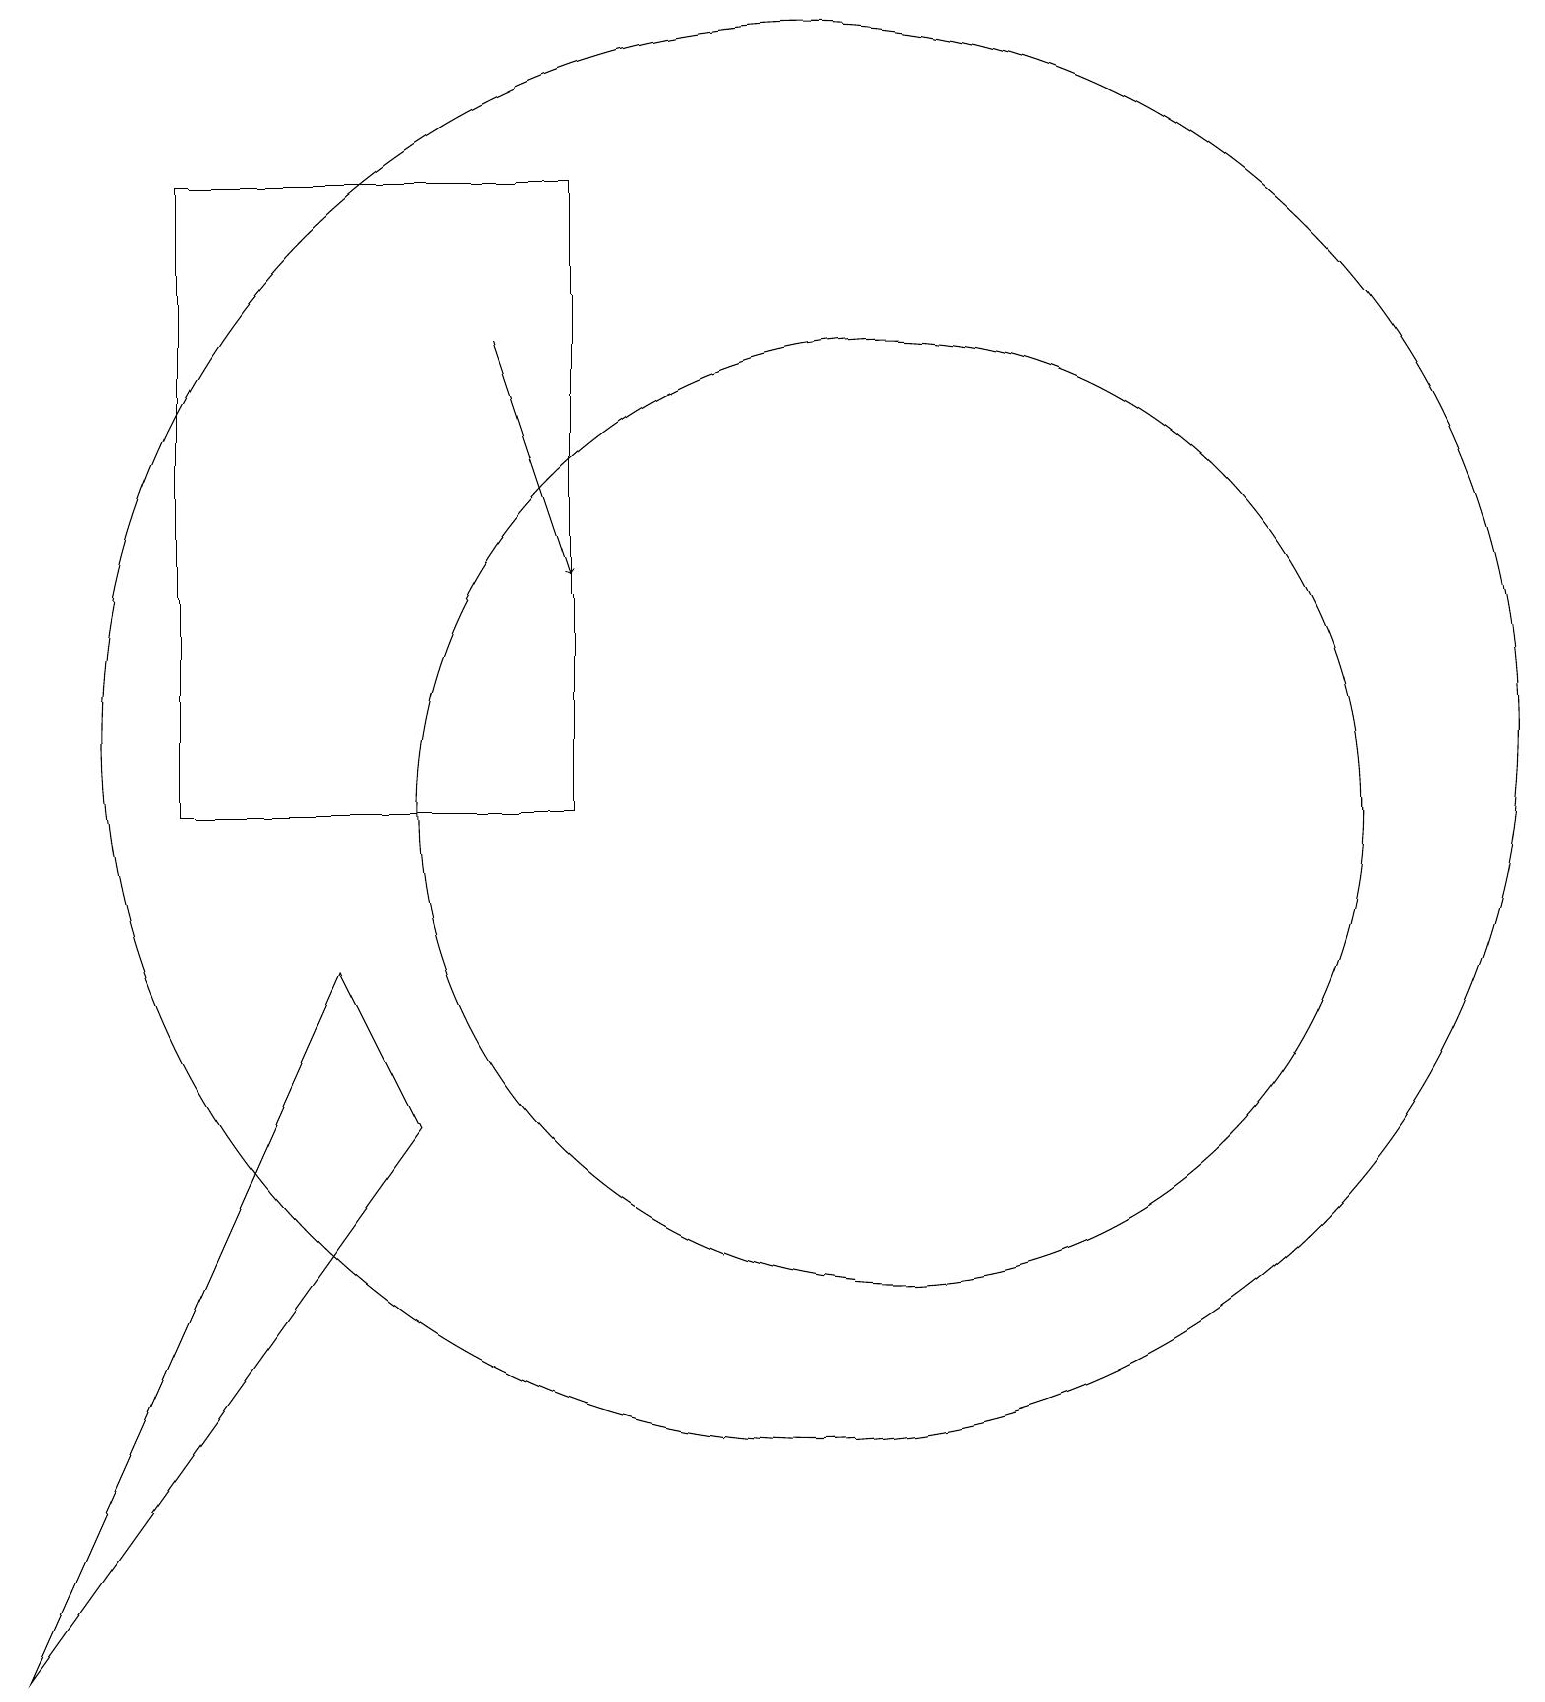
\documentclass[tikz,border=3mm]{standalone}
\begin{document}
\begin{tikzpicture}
\draw (12,10) circle (0);
\draw[->] (6,17) -- (7,14);
\draw (11,11) circle (6);
\draw (10,12) circle (9);
\draw (2,19) rectangle (7,11);
\draw (5,7) -- (4,9) -- (0,0) -- cycle;
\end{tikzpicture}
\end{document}